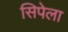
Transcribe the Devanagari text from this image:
सिपेला